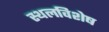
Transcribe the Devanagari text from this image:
स्थलविशेष